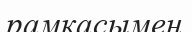
рамкасымен